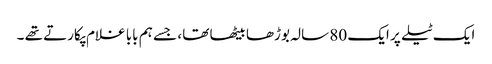
ایک ٹیلے پر ایک 80 سالہ بوڑھا بیٹھا تھا ، جسے ہم بابا غلام پکارتے تھے ۔